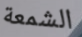
الشمعة